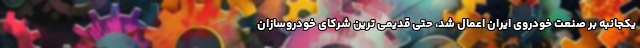
یکجانبه بر صنعت خودروی ایران اعمال شد، حتی قدیمی ترین شرکای خودروسازان